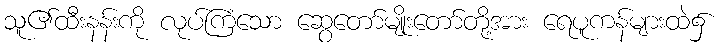
သူ၏ထီးနန်းကို လုပ်ကြံသော ဆွေတော်မျိုးတော်တို့အား ရေပူကန်များထဲ၌